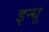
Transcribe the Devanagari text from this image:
इन्धू